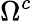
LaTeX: \Omega^{c}